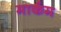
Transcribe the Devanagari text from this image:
मार्कम